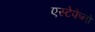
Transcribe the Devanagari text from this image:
एस्टेफेनो